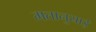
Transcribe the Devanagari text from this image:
मतानुयाई